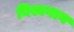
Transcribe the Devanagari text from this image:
विश्वगान